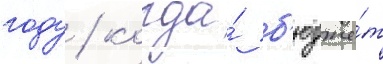
году / когда́ б'юдже́т